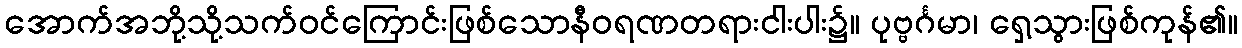
အောက်အဘို့သို့သက်ဝင်ကြောင်းဖြစ်သောနီဝရဏတရားငါးပါး၌။ ပုဗ္ဗင်္ဂမာ၊ ရှေ့သွားဖြစ်ကုန်၏။